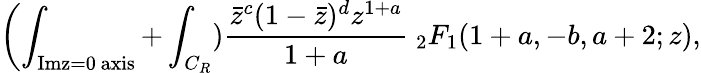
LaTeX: \biggl(\int_{\mathrm{Imz=0\ axis}}+\int_{C_{R}}){\frac{{\bar{z}}^{c}(1-{\bar{z}})^{d}z^{1+a}}{1+a}}\ _{2}F_{1}(1+a,-b,a+2;z),